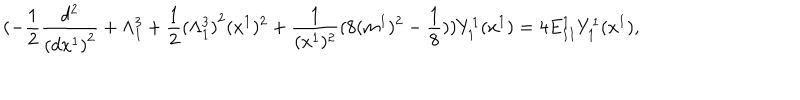
( - \frac { 1 } { 2 } \frac { d ^ { 2 } } { { ( d x ^ { 1 } ) } ^ { 2 } } + \Lambda _ { 1 } ^ { 3 } + \frac { 1 } { 2 } { ( \Lambda _ { 1 } ^ { 3 } ) } ^ { 2 } ( x ^ { 1 } ) ^ { 2 } + \frac { 1 } { ( x ^ { 1 } ) ^ { 2 } } ( 8 ( m ^ { 1 } ) ^ { 2 } - \frac { 1 } { 8 } ) ) Y _ { 1 } ^ { 1 } ( x ^ { 1 } ) = 4 E _ { I I } ^ { 1 } Y _ { 1 } ^ { 1 } ( x ^ { 1 } ) ,